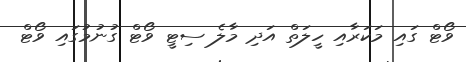
ވޯޓް ގައި މަކަރާއި ހީލަތް އަދި މާލެ ސިޓީ ވޯޓް ގުނުމުގައި ވޯޓް